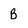
Character: B